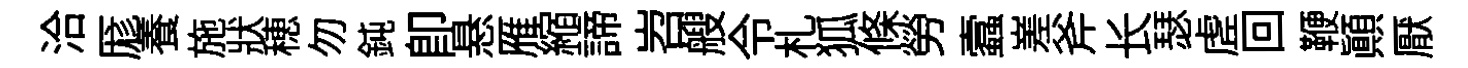
洽厖養施狀穂勿鈍卽悬雁縮諦岧艘令札狐條勞蠧嵳斧长瑟虗回鞭顛厭